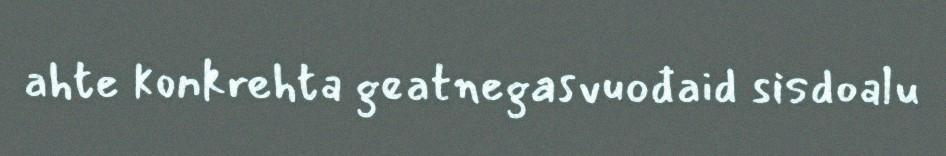
ahte konkrehta geatnegasvuođaid sisdoalu